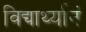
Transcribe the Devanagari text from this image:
विद्यार्थ्यानं